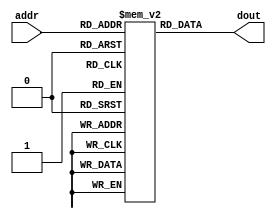
module inst_rom100s (
   input    [2:0]  addr,
   output   [18:0] dout
   );
	
	// r2:  stores 100
	// r3:  stores 4 (for shifting)
	// r4:  stores amount paid
	
   reg [18:0] mem [0:15];
   
   initial begin
		mem[0] = 19'h7f000; // Dummy - Write end_addr as 12
		mem[1] = 19'h72006; // Load 100 into r2
		mem[2] = 19'h73004; 
		mem[3] = 19'h52230;
		mem[4] = 19'h32230;
		mem[5] = 19'h04240; // Add 100 to r4
		mem[6] = 19'h7f000; // Dummy - Write end_addr as 12
   end
   
	assign dout = mem[addr];
	
endmodule